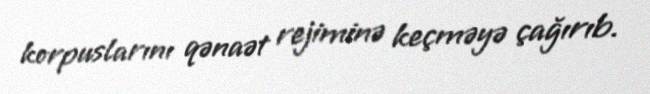
korpuslarını qənaət rejiminə keçməyə çağırıb.